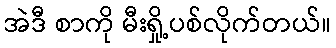
အဲဒီ စာကို မီးရှို့ပစ်လိုက်တယ်။